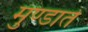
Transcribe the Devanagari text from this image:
मुण्डाते